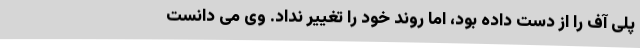
پلی آف را از دست داده بود، اما روند خود را تغییر نداد. وی می دانست